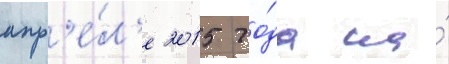
апр'е́л'е 2015 го́да на́